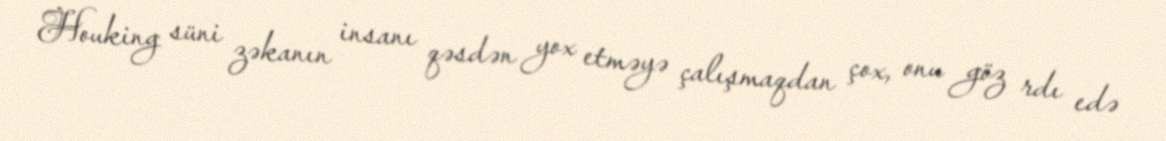
Houking süni zəkanın insanı qəsdən yox etməyə çalışmaqdan çox, onu göz rdı edə